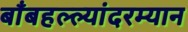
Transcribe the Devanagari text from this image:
बाँबहल्ल्यांदरम्यान